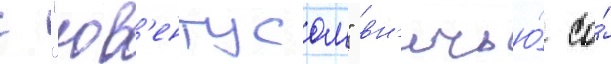
с "юв'ентусом" вн'ичью́ со́